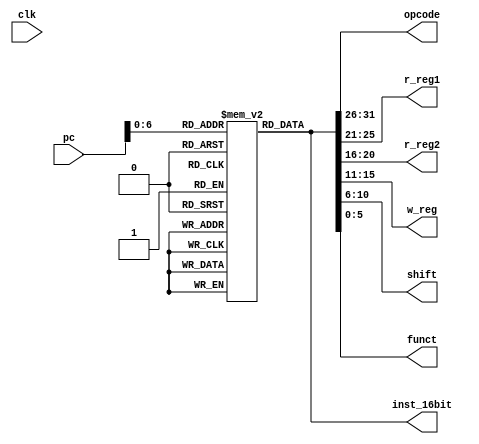
module instruct_mem(clk,pc,opcode,r_reg1,r_reg2,w_reg,shift,funct,inst_16bit);
input clk;
input [31:0] pc;
output  reg [5:0] opcode;//6 bit opcode
output reg [4:0] r_reg1;
output reg [4:0] r_reg2;
output reg [4:0] w_reg;
output reg [4:0] shift;
output reg [5:0] funct;
output reg [31:0] inst_16bit;
reg  [31:0] inst;
reg [31:0] memdata [127:0];

initial
        begin
        

         memdata[0] = 32'b00000000001000100001100000100000;
         memdata[1] = 32'b00000000001000100001100000100010;
		 memdata[2] = 32'b00000000001000100001100000100011;
		 memdata[3] = 32'b00000000001000100001100000100101;
		 memdata[4] = 32'b10000000001000100001100000100000;
		 memdata[5] = 32'b00000000001000100001100000100000;
         memdata[6] = 32'b00000000001000100001100000100010;
		 memdata[7] = 32'b00000000001000100001100000100100;
		 memdata[8] = 32'b00000000001000100001100000100101;
		 memdata[9] = 32'b10000000001000100001100000100000;
		memdata[10] = 32'b00000000001000100001100000100000;
        memdata[11] = 32'b00000000001000100001100000100010;
		memdata[12] = 32'b00000000001000100001100000100100;
		memdata[13] = 32'b00000000001000100001100000100101;
		memdata[14] = 32'b10000000001000100001100000100000;
		memdata[15] = 32'b00000000001000100001100000100000;
        memdata[16] = 32'b00000000001000100001100000100010;
		memdata[17] = 32'b00000000001000100001100000100100;
		memdata[18] = 32'b00000000001000100001100000100101;
		memdata[19] = 32'b10000000001000100001100000100000;
		memdata[20] = 32'b00000000001000100001100000100000;
        memdata[21] = 32'b00000000001000100001100000100010;
		memdata[22] = 32'b00000000001000100001100000100100;
		memdata[23] = 32'b00000000001000100001100000100101;
		memdata[24] = 32'b10000000001000100001100000100000;
		memdata[25] = 32'b00000000001000100001100000100000;
        memdata[26] = 32'b00000000001000100001100000100010;
		memdata[27] = 32'b00000000001000100001100000100100;
		memdata[28] = 32'b00000000001000100001100000100101;
		memdata[29] = 32'b10000000001000100001100000100000;
		memdata[30] = 32'b00000000001000100001100000100000;
        memdata[31] = 32'b00000000001000100001100000100010;
		memdata[32] = 32'b00000000001000100001100000100100;
		memdata[33] = 32'b00000000001000100001100000100101;
		memdata[34] = 32'b10000000001000100001100000100000;
		memdata[35] = 32'b00000000001000100001100000100000;
        memdata[36] = 32'b00000000001000100001100000100010;
		memdata[37] = 32'b00000000001000100001100000100100;
		memdata[38] = 32'b00000000001000100001100000100101;
		memdata[39] = 32'b10000000001000100001100000100000;
		

        end

always @( *)
        begin
                   inst = memdata[pc];
				   inst_16bit=memdata[pc];
				   opcode[5:0]=inst[31:26];
				   r_reg1[4:0]=inst[25:21];
				   r_reg2[4:0]=inst[20:16];
				   w_reg [4:0]=inst[15:11];
				   shift [4:0]=inst[10:6];
				   funct [5:0]=inst[5:0]; 
				 
        end
		

endmodule